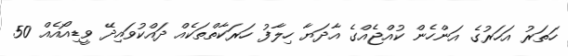
ހަތަރު އަހަރުގެ އަންހެން ކުއްޖެއްގެ އާދަޔާ ހިލާފު ހަރަކާތްތަކެއް ދައްކުވައިދޭ ވީޑިއޯއެއް 50